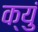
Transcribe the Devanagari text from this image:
क्युं